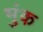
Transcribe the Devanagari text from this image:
भुंक